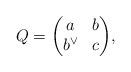
LaTeX: \begin{gather*} Q=\begin{pmatrix} a & b \\ b^\vee & c\end{pmatrix}\!, \end{gather*}